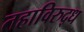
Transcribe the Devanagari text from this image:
तहाविरुद्ध